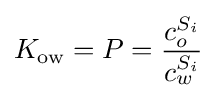
K_{\mathrm {ow} }=P={\frac {c_{o}^{S_{i}}}{c_{w}^{S_{i}}}}